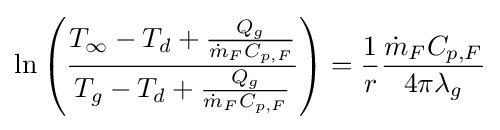
\ln \left({\frac {T_{\infty }-T_{d}+{\frac {Q_{g}}{{\dot {m}}_{F}C_{p,F}}}}{T_{g}-T_{d}+{\frac {Q_{g}}{{\dot {m}}_{F}C_{p,F}}}}}\right)={\frac {1}{r}}{\frac {{\dot {m}}_{F}C_{p,F}}{4\pi \lambda _{g}}}